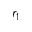
r _ { 1 }